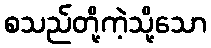
စသည်တို့ကဲ့သို့သော